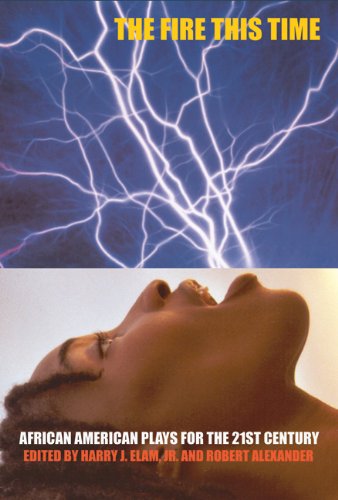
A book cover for The Fire This Time: African-American Plays for the 21st Century; Robert O'Hara; Literature & Fiction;